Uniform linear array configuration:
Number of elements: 24
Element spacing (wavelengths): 0.25
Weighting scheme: hann
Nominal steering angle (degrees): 60
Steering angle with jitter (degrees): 58.107
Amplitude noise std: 0.05
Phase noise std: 0.05

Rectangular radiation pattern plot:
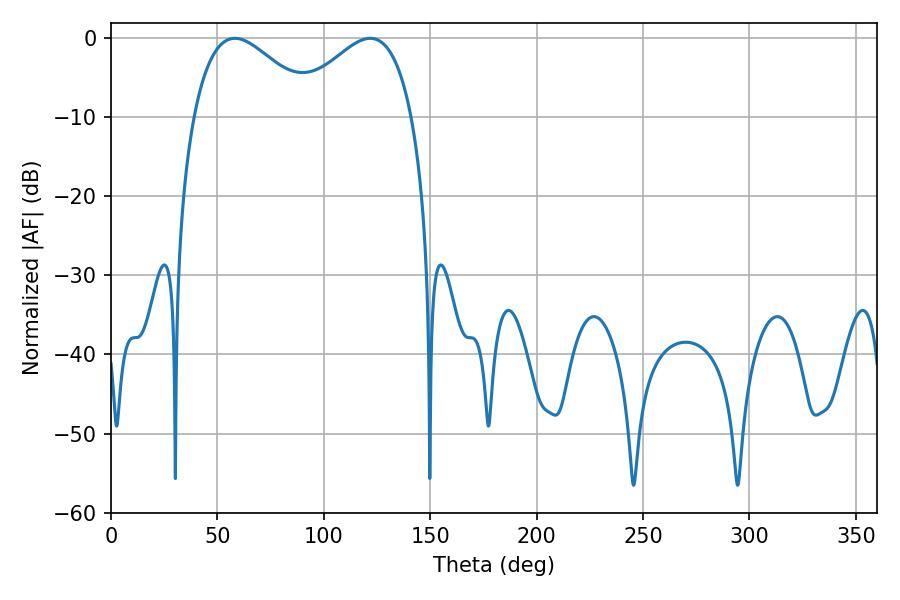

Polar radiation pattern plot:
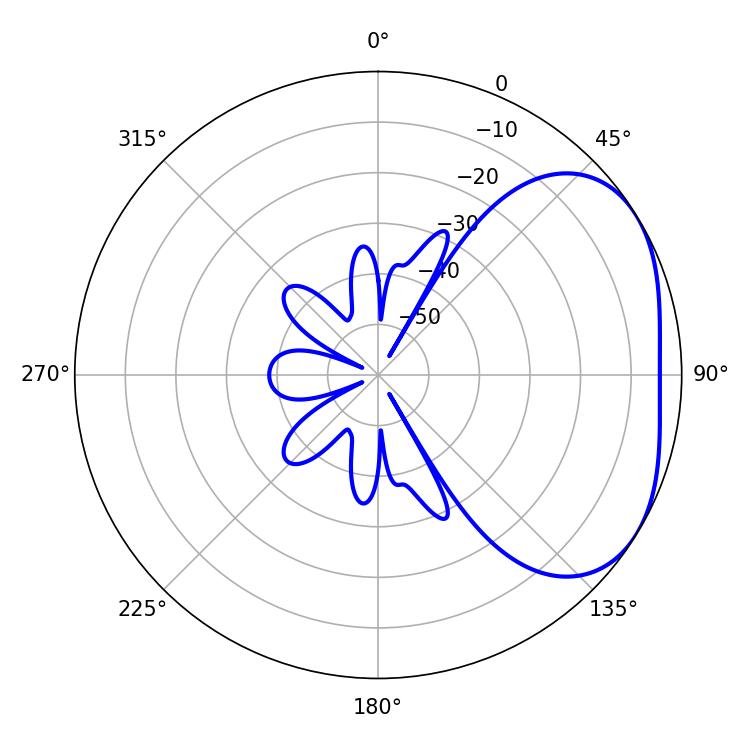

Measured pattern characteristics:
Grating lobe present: FALSE
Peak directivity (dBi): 3.104
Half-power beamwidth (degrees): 30.96
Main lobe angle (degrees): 58.14